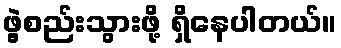
ဖွဲ့စည်းသွားဖို့ ရှိနေပါတယ်။